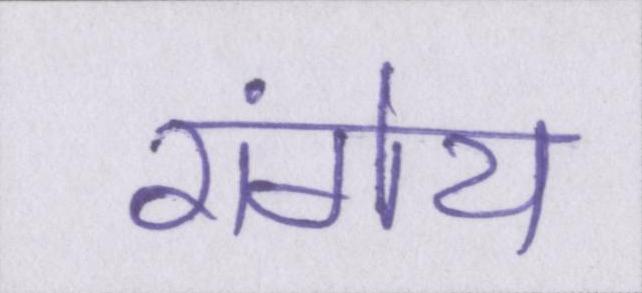
रांगेय